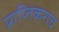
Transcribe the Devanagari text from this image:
प्राप्‍तिकराचे